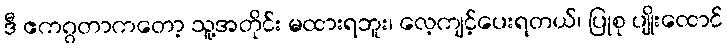
ဒီ ဧကဂ္ဂတာကတော့ သူ့အတိုင်း မထားရဘူး၊ လေ့ကျင့်ပေးရတယ်၊ ပြုစု ပျိုးထောင်